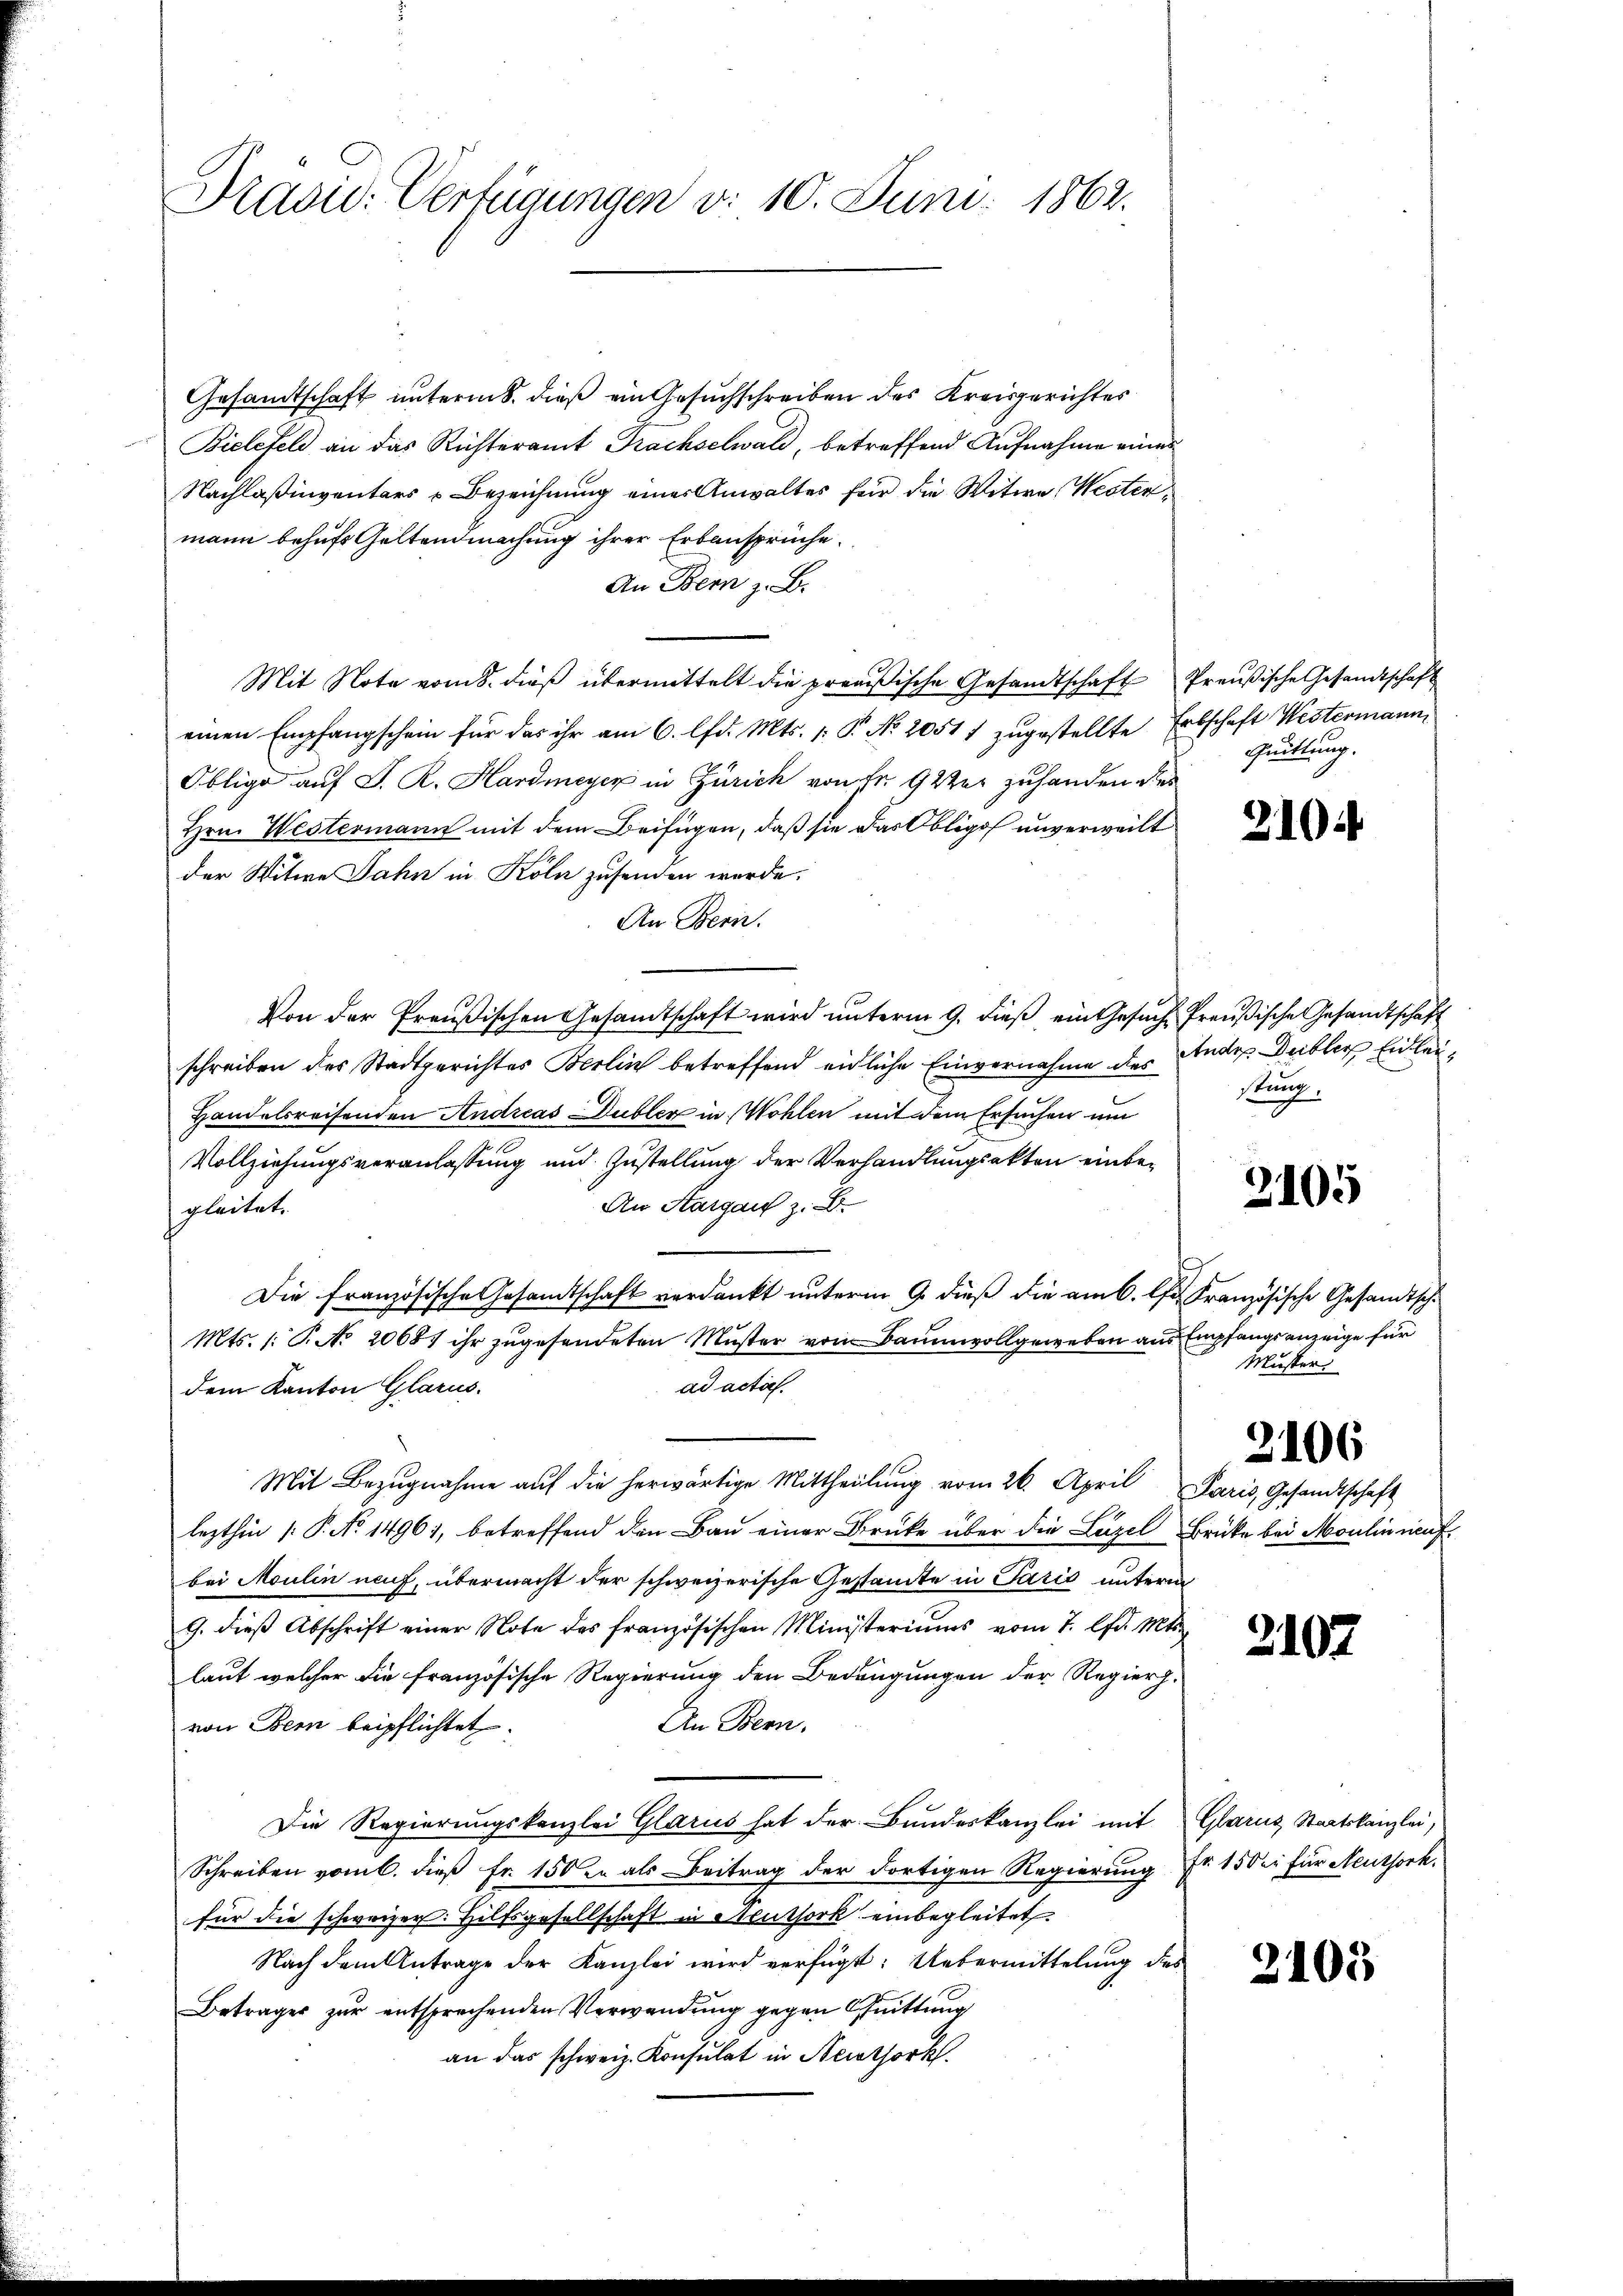
Präsid. Verfügungen d. 10. Juni 1862.

Gesandtschaft unterm 8. dieß ein Gesuchschreiben des Kreisgerichtes
Bielefeld an das Richteramt Frachselwald, betreffend Aufnahme eines
Nachlaßinventars u. Bezeichnung einer Anwaltes für die Witwe Westermann behufs Geltendmachung ihrer Erbansprüche
An Bern z. B.
Mit Note vom 8. dieß übermittelt die preußische Gesandtschaft Preußische Gesandtschaft
einen Empfangschein für das ihr am 6. lfd. Mts. 1: P. No. 20517 zugestellte Erbschaft Westermann,
Obligo auf S. R. Hardmeyer in Zürich von Fr. 9 2ter zuhanden des
Hrn. Westermann mit dem Beifügen, daß sie das Obligo unverweilt
der Witwe Jahn in Köln zusenden wurde.
An Bern.
Von der Preußischen Gesandtschaft wird unterm 9. dieß ein Gesuch Preußische Gesandtschaft
schreiben des Stadtgerichtes Berlin betreffend eidliche Einvernahme des Andes Deiblich Einlei¬
Handelsreisenden Andreas Dubler in Wohlen mit dem Ersuchen um
Vollziehungsveranlassung und Zustellung der Verhandlungsakten einbe¬
An Aargau z. B.
gleitete
Die französische Gesamtschaft verdankt unterm 9. dieß die am 6. Chr. Französische Gesandtsch¬
Mts. /: P. No 20681 ihr zugesendeten Muster vom Baumwollgeweben aus Empfangsanzeige für
ad actis.
dem Kanton Glarus.
Mit Bezugnahme auf die herwärtige Mittheilung vom 26. April Paris, Gesandtschaft
lezthin /: P. No 14961, betreffend den Bau einer Brüke über die Luzel Brücke bei Moulineaufbei Moulin auf, übermacht der schweizerische Gestandte in Paris unterm
G. dieß Abschrift einer Note des französischen Ministeriums vom 7. lfd. Mts.
laut welcher die französische Regierung den Bedingungen der Regierh.
An Bern,
von Bern beipflichtet.
Die Regierungskanzlei Glarus hat der Bundeskanzlei mit
Schreiben vom 6. dieß fr. 150 in als Beitrag der dortigen Regierung Nr. 150 er für Neuthork,
für die schweizer. Hilfsgesellschaft in Neuthork einbegleitet.
Nach dem Antrage der Kanzlei wird verfügt: Uebermittelung des
Betrages zur entsprechenden Verwendung gegen Güttung
an das schweiz. Konsulat in Nerothork

Quittung.

210

stung.

3105

Muster

2106

2107.

Glarus Staatskanzlei,

2105